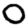
Digit: 0